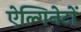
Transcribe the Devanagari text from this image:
ऐल्गिनेटों